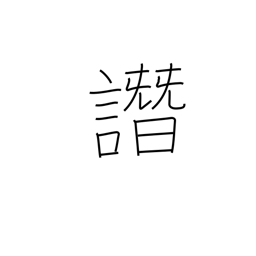
Meaning: slander